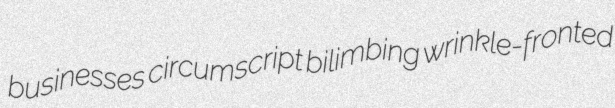
businesses circumscript bilimbing wrinkle-fronted